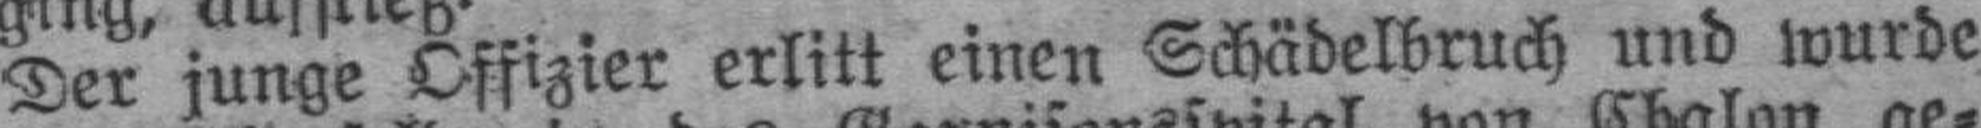
Der junge Offizier erlitt einen Schädelbruch und wurde